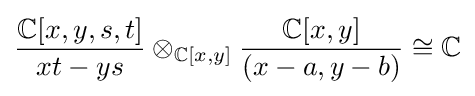
{\frac {\mathbb {C} [x,y,s,t]}{xt-ys}}\otimes _{\mathbb {C} [x,y]}{\frac {\mathbb {C} [x,y]}{(x-a,y-b)}}\cong \mathbb {C}